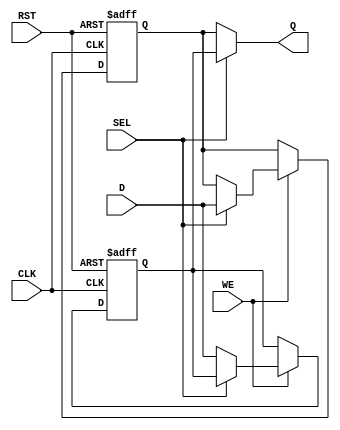
module double_buffer_register (
    input wire [7:0] D,          // Data Input
    input wire WE,               // Write Enable
    input wire CLK,              // Clock
    input wire SEL,              // Select signal
    input wire RST,              // Optional Reset
    output reg [7:0] Q           // Data Output
);

    // Internal registers for the double buffer
    reg [7:0] buffer_A;          // Buffer A
    reg [7:0] buffer_B;          // Buffer B

    // Always block for writing data
    always @(posedge CLK or posedge RST) begin
        if (RST) begin
            buffer_A <= 8'b0;    // Reset Buffer A
            buffer_B <= 8'b0;    // Reset Buffer B
        end else if (WE) begin
            if (~SEL) begin
                buffer_A <= D;    // Write data to Buffer A
            end else begin
                buffer_B <= D;    // Write data to Buffer B
            end
        end
    end

    // Always block for reading data
    always @(*) begin
        if (~SEL) begin
            Q = buffer_B;          // Output data from Buffer B when SEL is low
        end else begin
            Q = buffer_A;          // Output data from Buffer A when SEL is high
        end
    end

endmodule